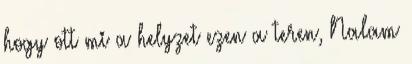
hogy ott mi a helyzet ezen a teren, Nalam